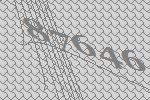
87646